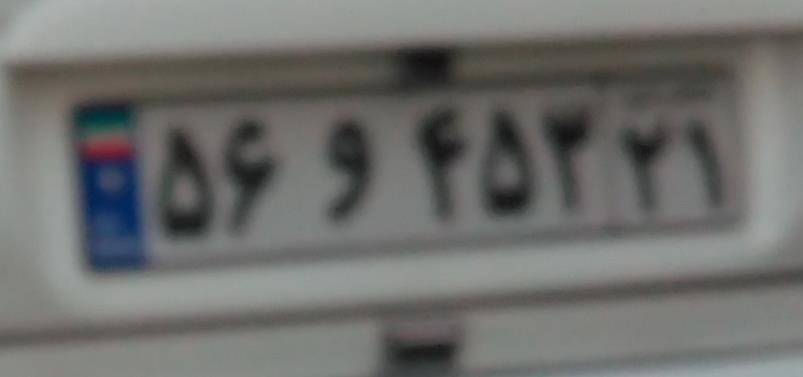
۵۶و۴۵۳۲۱